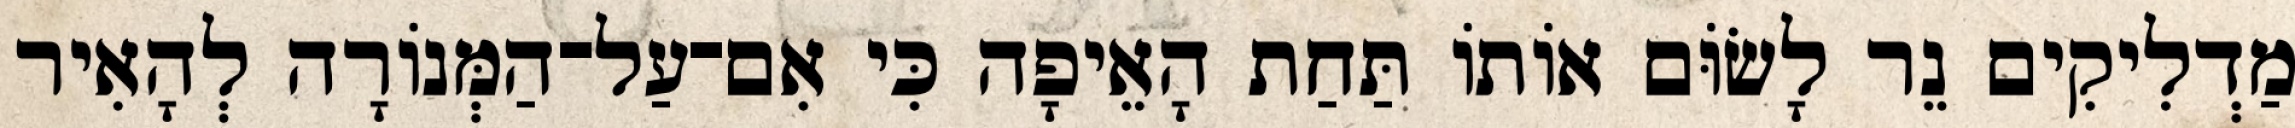
מַדְלִיקִים נֵר לָשׂוֹּם אוֹתוֹ תַּחַת הָאֵיפָה כִּי אִם־עַל־הַמְּנוֹרָה לְהָאִיר